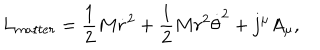
LaTeX: L _ { m a t t e r } = { \frac { 1 } { 2 } } M \dot { r } ^ { 2 } + { \frac { 1 } { 2 } } M r ^ { 2 } { \dot { \theta } } ^ { 2 } + j ^ { \mu } A _ { \mu } ,